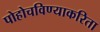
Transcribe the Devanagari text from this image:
पोहोचविण्याकरिता